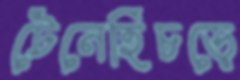
টেনেহিঁচড়ে